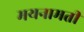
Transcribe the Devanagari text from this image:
मयनामती